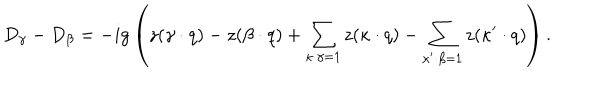
D _ { \gamma } - D _ { \beta } = - i g \left( z ( \gamma \cdot q ) - z ( \beta \cdot q ) + \sum _ { \kappa \cdot \gamma = 1 } z ( \kappa \cdot q ) - \sum _ { \kappa ^ { \prime } \cdot \beta = 1 } z ( \kappa ^ { \prime } \cdot q ) \right) .